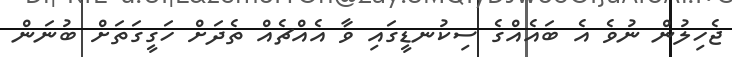
ޖެހިލުން ނުވެ އެ ބައެއްގެ ސިކުނޑީގައި ވާ އެއްޗެއް ތެދަށް ހަގީގަތަށް ބުނަން